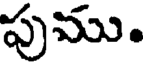
పుము.